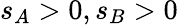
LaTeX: s_{A}>0,s_{B}>0